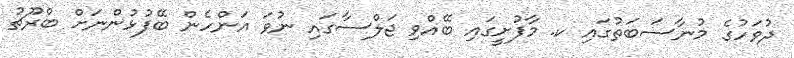
ދުވަހުގެ މުނާސަބަތުގައި ކ. މާފުށީގައި ބޭއްވި ޖަލްސާގައި ނުވަ އަންހެން ބޭފުޅުންނަށް ބްރޫޗު